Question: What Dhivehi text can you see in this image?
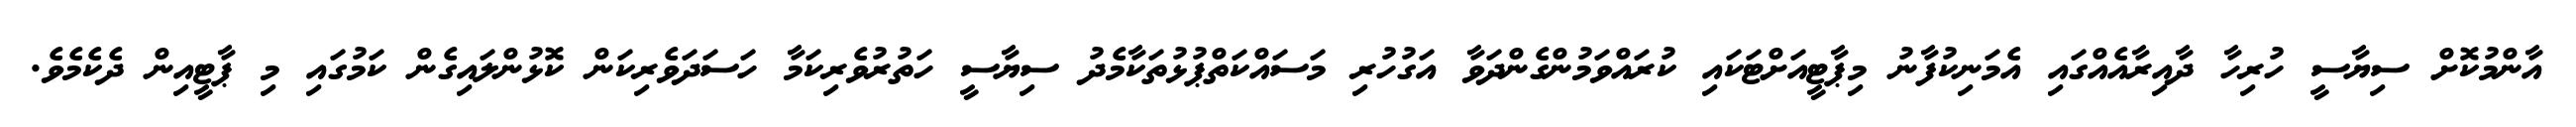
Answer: އާންމުކޮށް ސިޔާސީ ހުރިހާ ދާއިރާއެއްގައި އެމަނިކުފާނު މިޕާޓީއަށްޓަކައި ކުރައްވަމުންގެންދަވާ އަގުހުރި މަސައްކަތްޕުޅުތަކާމެދު ސިޔާސީ ހަތުރުވެރިކަމާ ހަސަދަވެރިކަން ކޮޅުންލައިގެން ކަމުގައި މި ޕާޓީއިން ދެކެމެވެ.